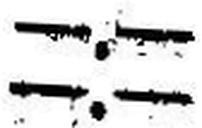
—.—